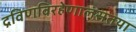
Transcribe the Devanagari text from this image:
द्रविणविरहेणालसतया